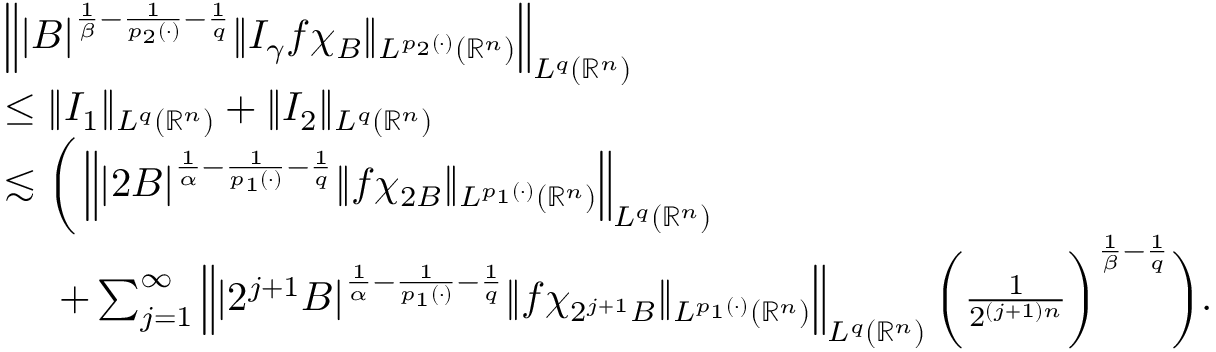
\begin{array} { r l } & { \left\| | B | ^ { \frac { 1 } { \beta } - \frac { 1 } { p _ { 2 } ( \cdot ) } - \frac { 1 } { q } } \| I _ { \gamma } f \chi _ { B } \| _ { L ^ { p _ { 2 } ( \cdot ) } ( \mathbb { R } ^ { n } ) } \right\| _ { L ^ { q } ( \mathbb { R } ^ { n } ) } } \\ & { \leq \| I _ { 1 } \| _ { L ^ { q } ( \mathbb { R } ^ { n } ) } + \| I _ { 2 } \| _ { L ^ { q } ( \mathbb { R } ^ { n } ) } } \\ & { \lesssim \bigg ( \left\| | 2 B | ^ { \frac { 1 } { \alpha } - \frac { 1 } { p _ { 1 } ( \cdot ) } - \frac { 1 } { q } } \| f \chi _ { 2 B } \| _ { L ^ { p _ { 1 } ( \cdot ) } ( \mathbb { R } ^ { n } ) } \right\| _ { L ^ { q } ( \mathbb { R } ^ { n } ) } } \\ & { ~ ~ ~ ~ + \sum _ { j = 1 } ^ { \infty } \left\| | 2 ^ { j + 1 } B | ^ { \frac { 1 } { \alpha } - \frac { 1 } { p _ { 1 } ( \cdot ) } - \frac { 1 } { q } } \| f \chi _ { 2 ^ { j + 1 } B } \| _ { L ^ { p _ { 1 } ( \cdot ) } ( \mathbb { R } ^ { n } ) } \right\| _ { L ^ { q } ( \mathbb { R } ^ { n } ) } \bigg ( \frac { 1 } { 2 ^ { ( j + 1 ) n } } \bigg ) ^ { \frac { 1 } { \beta } - \frac { 1 } { q } } \bigg ) . } \end{array}